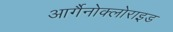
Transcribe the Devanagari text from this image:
आर्गैनोक्लोराइड